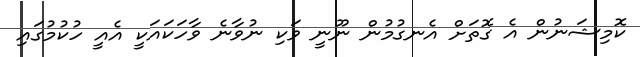
ކޮމިޝަނުން އެ ގޮތަށް އެނގުމުން ނޫނީ ވަކި ނުވާނެ ވާހަކައަކީ އެއީ ހުކުމުގައި